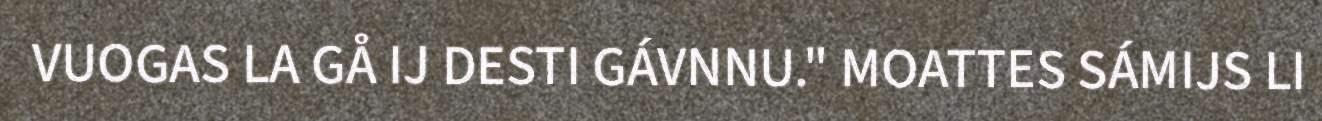
VUOGAS LA GÅ IJ DESTI GÁVNNU." MOATTES SÁMIJS LI